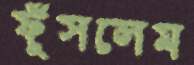
ফুঁসলেম